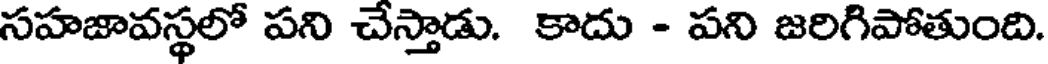
సహజావస్థలో పని చేస్తాడు. కాదు - పని జరిగిపోతుంది.